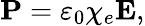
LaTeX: \mathbf{P}=\varepsilon_{0}\chi_{e}\mathbf{E},